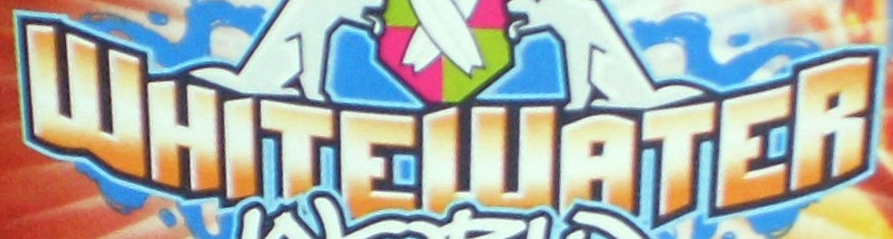
WHITEWATER